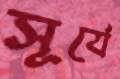
সূর্যে